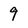
Character: 9